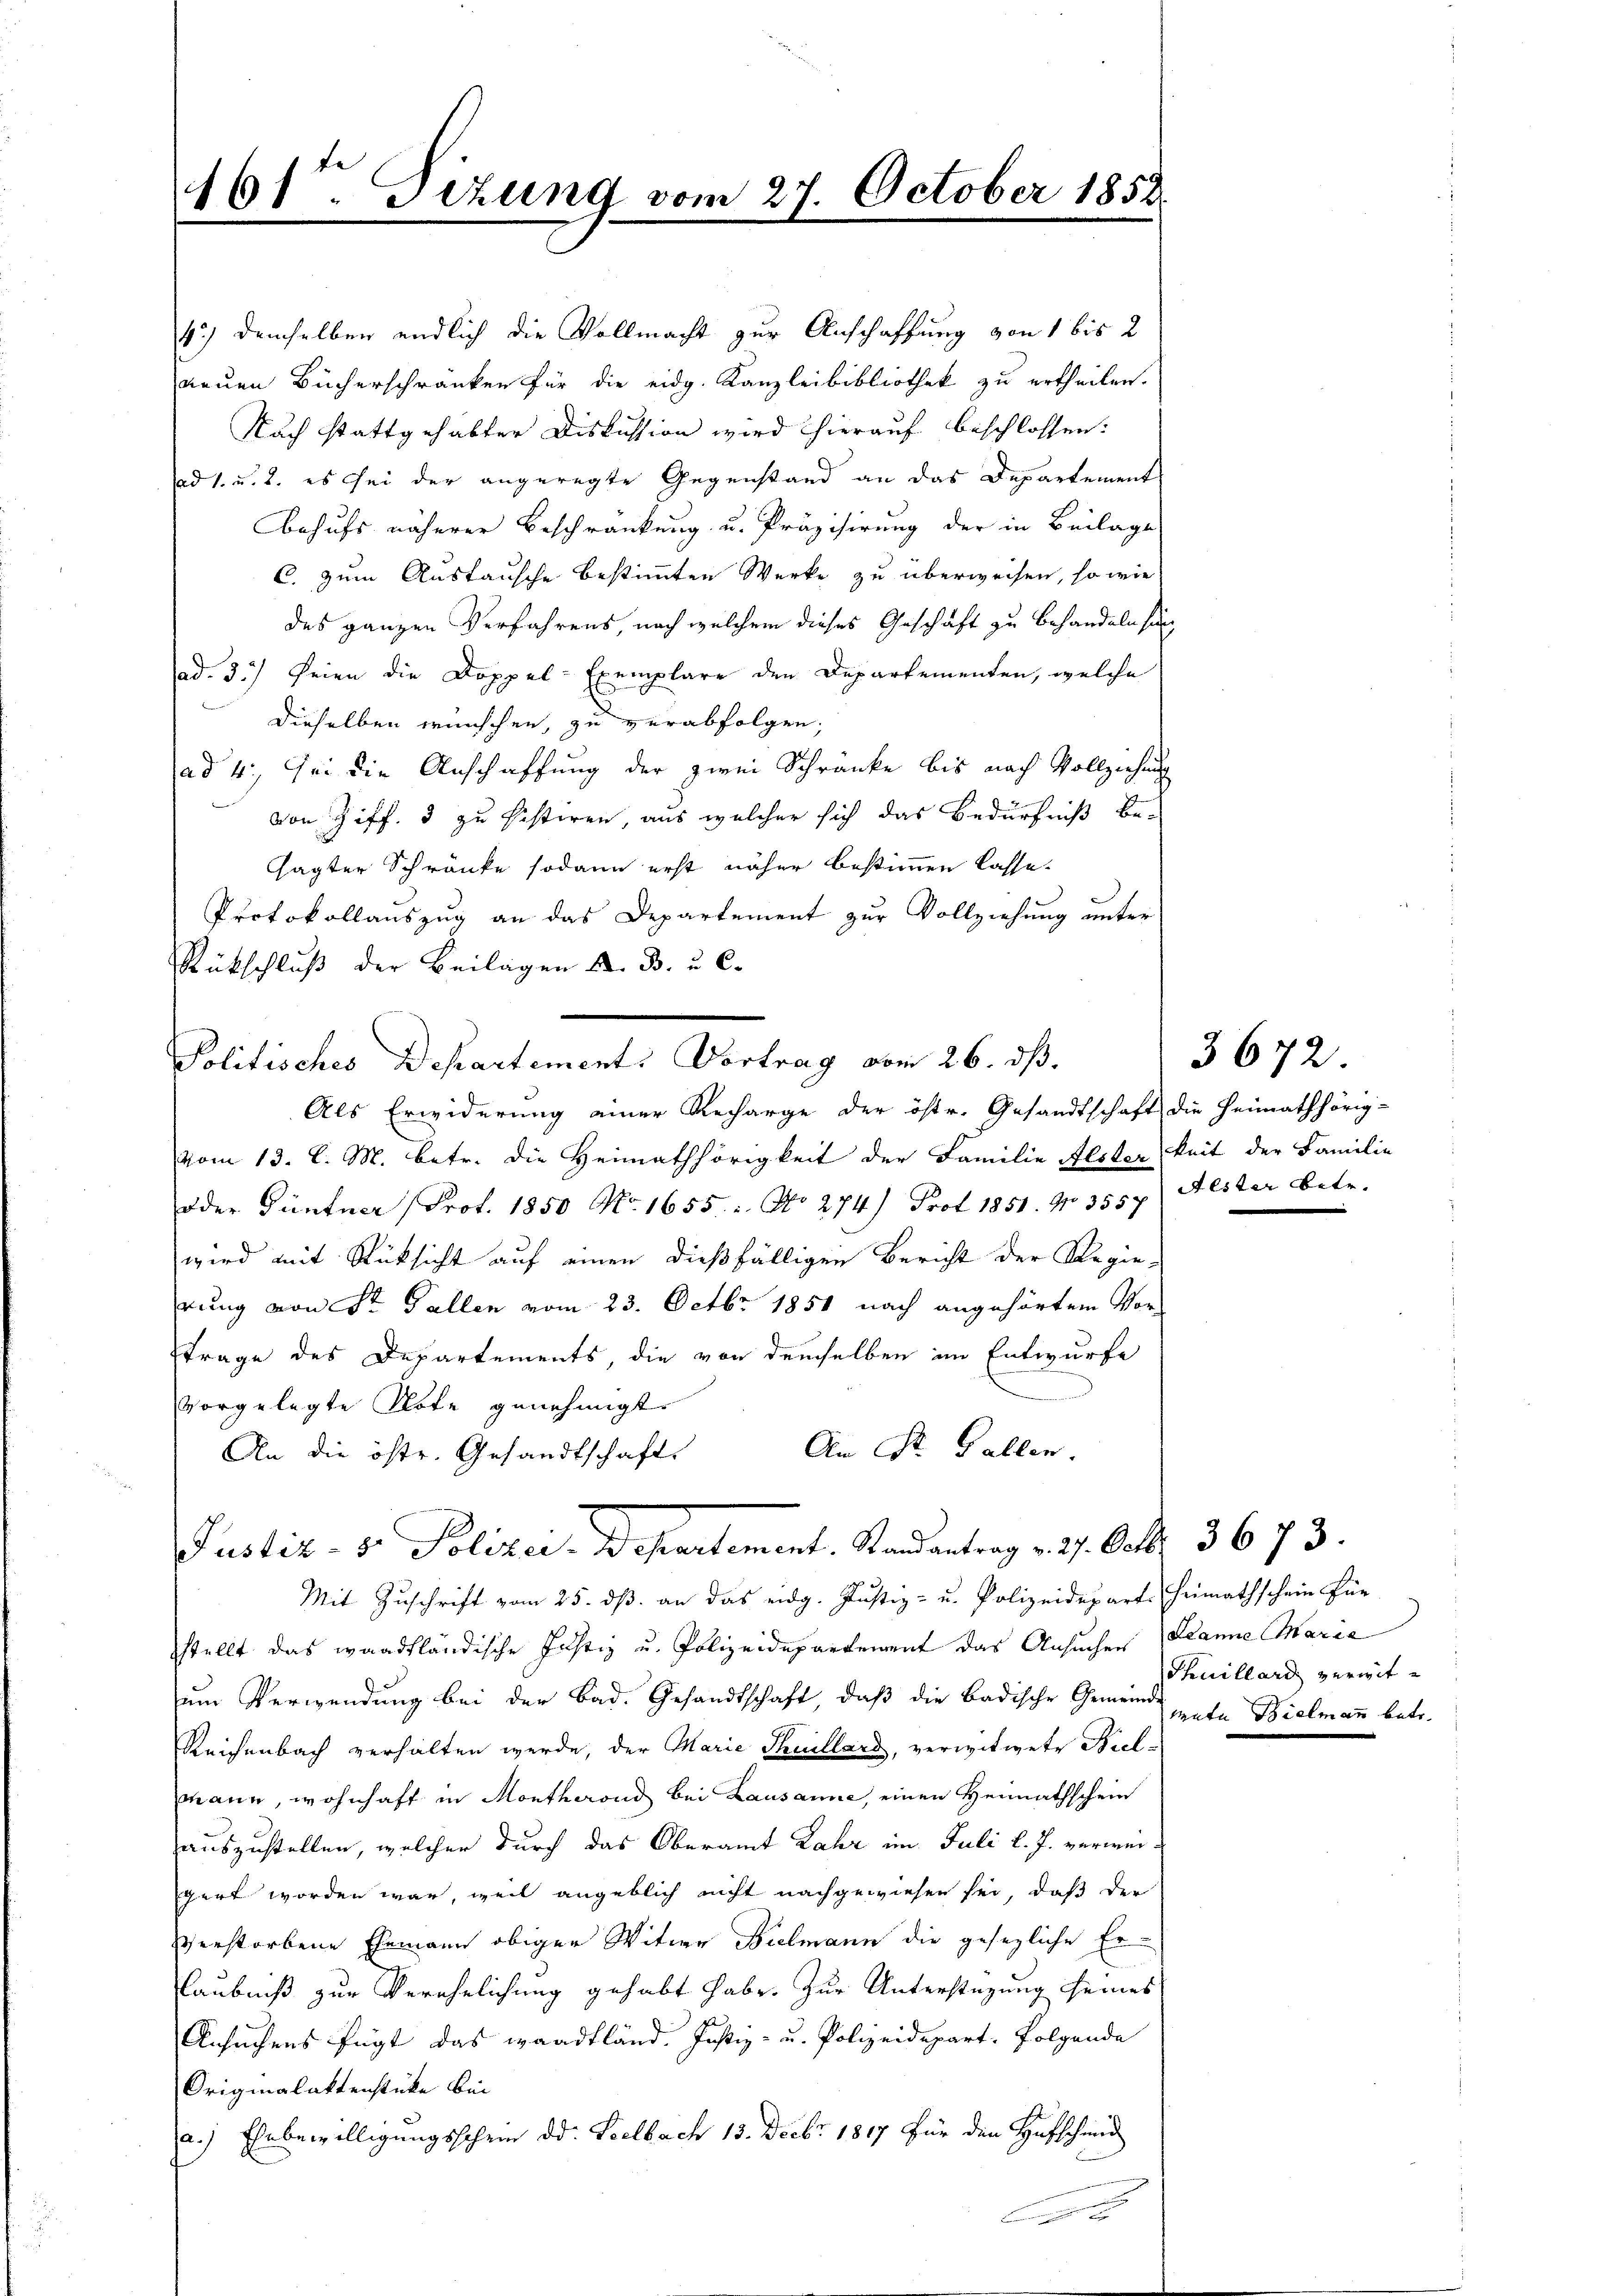
161te Sitzung vom 27. October 185.

4.) demselben endlich die Vollmacht zur Anschaffung von 1 bis 2
neuen Bücherschränken für die eidg. Kanzleibibliothek zu ertheilen.
Nach stattgehabter Diskussion wird hierauf beschlossen:
ad 1. u. 2. es sei der angeregte Gegenstand an das Departement
Behufs näherer Beschränkung u. Präzisirung der in Beilage
C. zum Austausche bestimmten Werke zu überweisen, so wie
des ganzen Verfahrens, nach welchem dieses Geschäft zu behandeln sin
ad. 3.) Seien die Doppel-Exemplare den Departementen, welche
dieselben wünschen, zu verabfolgen;
ad 4. Sei die Anschaffung der zwei Schränke bis nach Vollziehung
von Ziff. 3 zu bestiren, aus welcher sich das Bedürfniß be-
sagter Schränke sodann erst näher bestimmen lasse.
Protokollauszug an das Departement zur Vollziehung unter
Rückschluß der Beilagen K. B. u. C.
Politisches Departement. Vortrag vom 26. dß.
Als Erwiderung einer Recharge der östr. Gesandtschaft die Heimathörig-
vom 13. l. M. betr. die Heimathörigkeit der Familie Alsterkeit der Familie
oder Güntner (Prot. 1850 No. 1655 : No 274) Prot 1851. No 3557 Aester betr.
wird mit Rücksicht auf einen dießfälligen Bericht der Regierung von Sr. Gallen vom 23. Octbr. 1851 nach angehörtem Vor
trage des Departements, die von demselben im Entwurfe
vorgelegte Klote genehmigt.
An St. Gallen.
An die östr. Gesandtschafts

Justiz- & Polizei-Departement. Randantrag v. 2. Octbr. 3673.
Mit Zuschrift vom 25. dß. an das eidg. Justiz- u. Polizeidepart. Heimathschein für

stellt das waadtländische Justiz u. Polizeidepartement das Ansuchen Danne Maria
um Verwendung bei der Bad. Gesandtschaft, daβ die Badische Gemeinte Bielmann betr.
Reichenbach verhalten werde, der Marie Theillard, verwitwete Biel-
ann, wohnhaft in Montherond bei Lausanne, einen Heimathschein
auszustellen, welcher durch das Oberamt Lahr im Juli l. J. verweigert worden war, weil angeblich nicht nachgewiesen sei, daß der
verstorbene Ehemann obiger Witwe Bielmann die gesezliche Erlaubniß zur Verehelichung gehabt habe. Zur Unterstüzung seines
Ansuchens fügt das waadtländ. Justiz- u. Polizeidepart. folgende
Originalaktenstücke bei
a.) Ehebewilligungsschren dd. Seelbach 13. Decbr. 1817 für den Hufschmid
6

3672.

Thuillard verwit¬